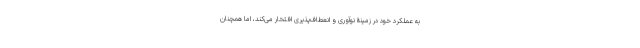
به عملکرد خود در زمینۀ نوآوری و انعطاف‌پذیری افتخار می‌کند، اما همچنان